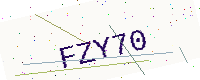
Text: FZY70